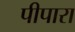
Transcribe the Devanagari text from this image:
पीपारा